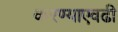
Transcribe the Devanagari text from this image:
करण्याएवढी